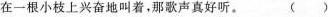
在一根小枝上兴奋地叫着，那歌声真好听。( )